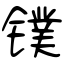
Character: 镤